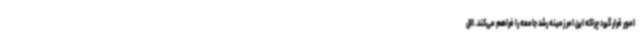
امور قرار گیرد چراکه این امر زمینه رشد جامعه را فراهم می‌کند. الل